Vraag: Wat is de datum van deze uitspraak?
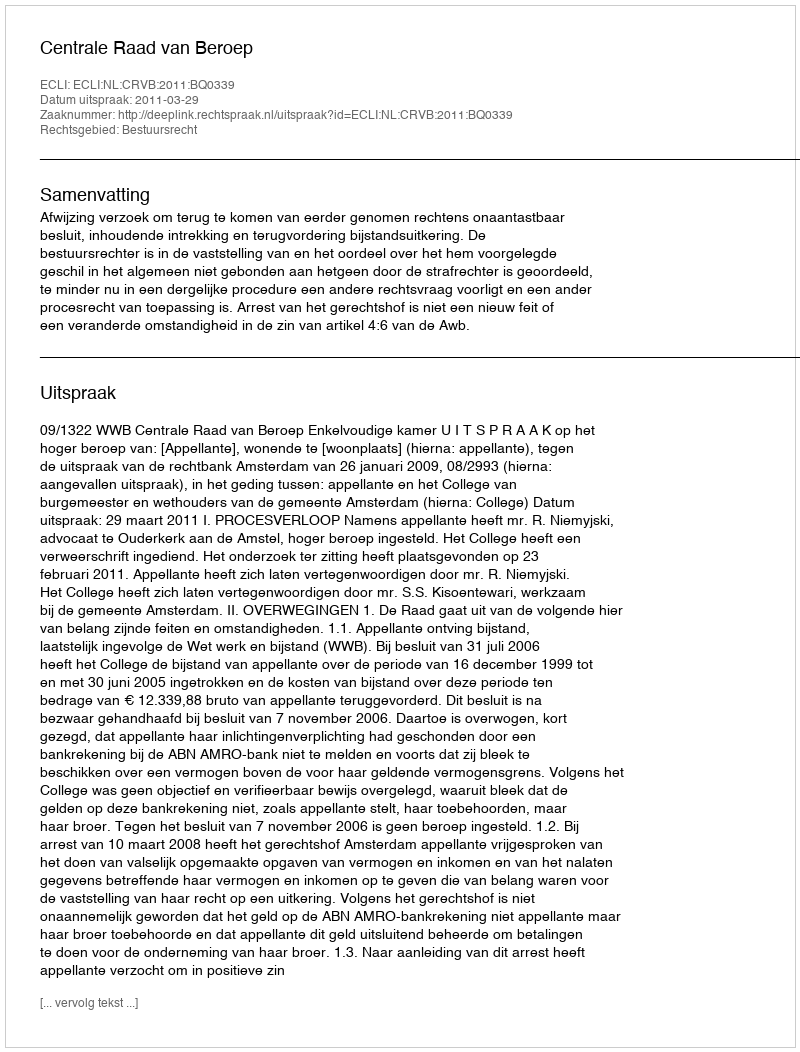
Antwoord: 2011-03-29